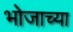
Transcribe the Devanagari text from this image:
भोजाच्या